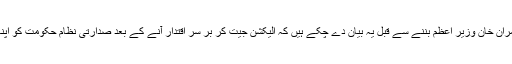
اور ویسے بھی عمران خان وزیر اعظم بننے سے قبل یہ بیان دے چکے ہیں کہ الیکشن جیت کر بر سر اقتدار آنے کے بعد صدارتی نظام حکومت کو اپنانا پسند کریں گے۔